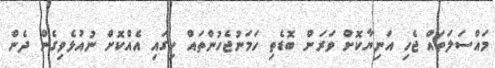
މައްސަލަތައް ޖެހި އަނިޔާކޮށް ވަރަށް ބޮޑެތި ހަމަނުޖެހުންތައް ހިގައި އެއްކޮށް ނުއުޅެވިގެން ދެން